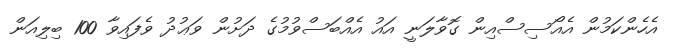
އެހެންކަމުން އެއޯސިސްއިން ގޮވާލަނީ އައު އެއްބަސްވުމުގެ ދަށުން ވަޢުދު ވެފައިވާ 100 ބިލިއަން